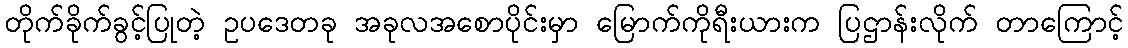
တိုက်ခိုက်ခွင့်ပြုတဲ့ ဥပဒေတခု အခုလအစောပိုင်းမှာ မြောက်ကိုရီးယားက ပြဌာန်းလိုက် တာကြောင့်